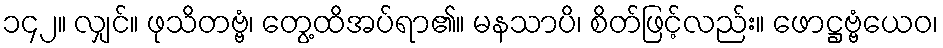
၁၄၂။ လျှင်။ ဖုသိတဗ္ဗံ၊ တွေ့ထိအပ်ရာ၏။ မနသာပိ၊ စိတ်ဖြင့်လည်း။ ဖောဋ္ဌဗ္ဗံယေဝ၊